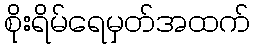
စိုးရိမ်ရေမှတ်အထက်